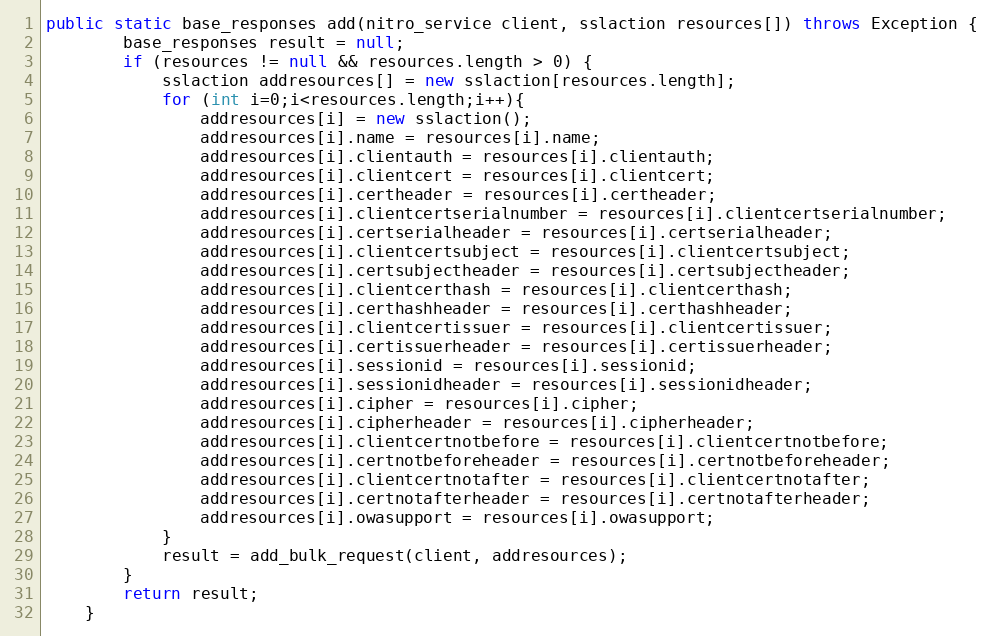
Language: Java
public static base_responses add(nitro_service client, sslaction resources[]) throws Exception {
		base_responses result = null;
		if (resources != null && resources.length > 0) {
			sslaction addresources[] = new sslaction[resources.length];
			for (int i=0;i<resources.length;i++){
				addresources[i] = new sslaction();
				addresources[i].name = resources[i].name;
				addresources[i].clientauth = resources[i].clientauth;
				addresources[i].clientcert = resources[i].clientcert;
				addresources[i].certheader = resources[i].certheader;
				addresources[i].clientcertserialnumber = resources[i].clientcertserialnumber;
				addresources[i].certserialheader = resources[i].certserialheader;
				addresources[i].clientcertsubject = resources[i].clientcertsubject;
				addresources[i].certsubjectheader = resources[i].certsubjectheader;
				addresources[i].clientcerthash = resources[i].clientcerthash;
				addresources[i].certhashheader = resources[i].certhashheader;
				addresources[i].clientcertissuer = resources[i].clientcertissuer;
				addresources[i].certissuerheader = resources[i].certissuerheader;
				addresources[i].sessionid = resources[i].sessionid;
				addresources[i].sessionidheader = resources[i].sessionidheader;
				addresources[i].cipher = resources[i].cipher;
				addresources[i].cipherheader = resources[i].cipherheader;
				addresources[i].clientcertnotbefore = resources[i].clientcertnotbefore;
				addresources[i].certnotbeforeheader = resources[i].certnotbeforeheader;
				addresources[i].clientcertnotafter = resources[i].clientcertnotafter;
				addresources[i].certnotafterheader = resources[i].certnotafterheader;
				addresources[i].owasupport = resources[i].owasupport;
			}
			result = add_bulk_request(client, addresources);
		}
		return result;
	}